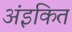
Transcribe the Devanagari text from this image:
अंइकित